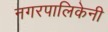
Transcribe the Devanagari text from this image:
नगरपालिकेनी